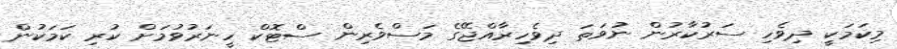
މިކަމަކީ ދިވެހި ސަރުކާރުން ނުވަތަ ދިވެހިރާއްޖޭގެ މަސްވެރިން ސްޓޮކް ހީނަރުވުމަށް ކުރި ކަމަކުން